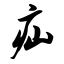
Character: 疝